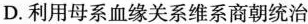
D.利用母系血缘关系维系商朝统治